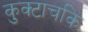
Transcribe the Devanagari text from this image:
कुक्टाचकि